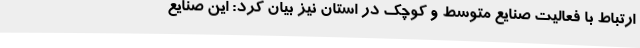
ارتباط با فعالیت صنایع متوسط و کوچک در استان نیز بیان کرد: این صنایع